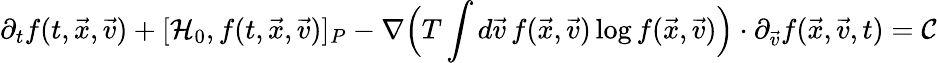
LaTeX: \partial_{t}f(t,\vec{x},\vec{v})+[\mathcal{H}_{0},f(t,\vec{x},\vec{v})]_{P}-\nabla\Big(T\int d\vec{v}\, f(\vec{x},\vec{v})\log f(\vec{x},\vec{v})\Big)\cdot\partial_{\vec{v}}f(\vec{x},\vec{v},t)=\mathcal{C}